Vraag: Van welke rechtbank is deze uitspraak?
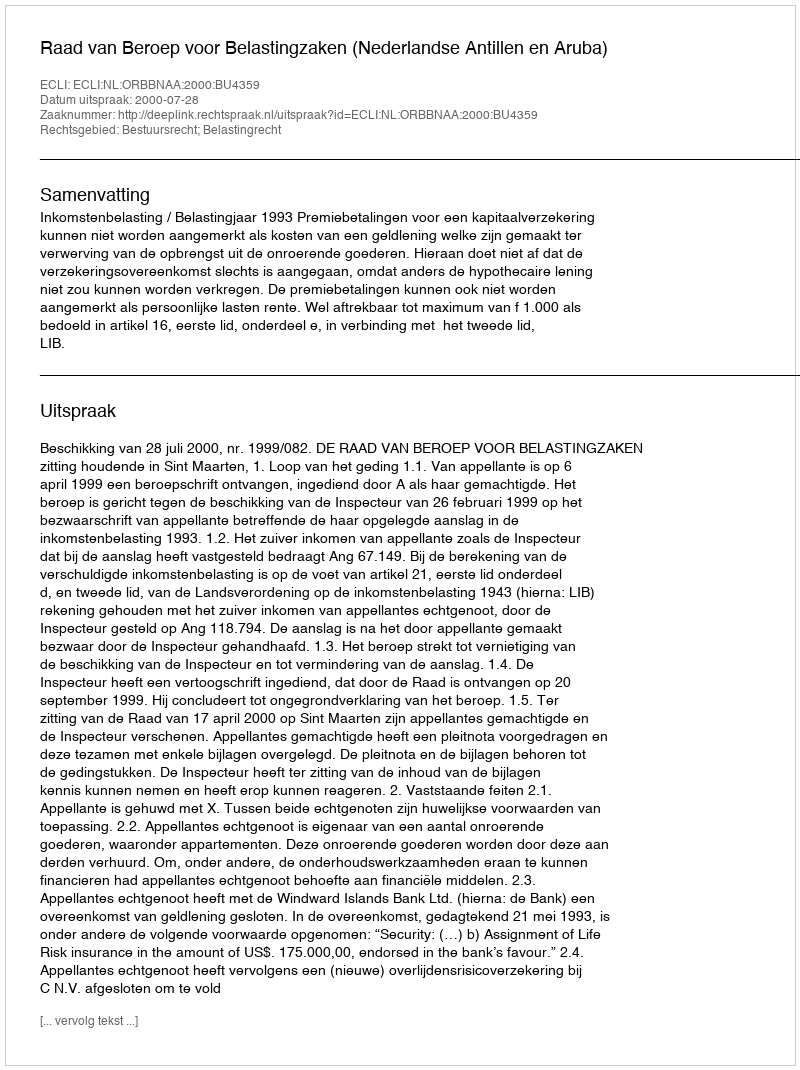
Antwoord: Raad van Beroep voor Belastingzaken (Nederlandse Antillen en Aruba)